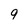
Character: 9